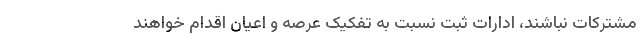
مشترکات نباشند، ادارات ثبت نسبت به تفکیک عرصه و اعیان اقدام خواهند